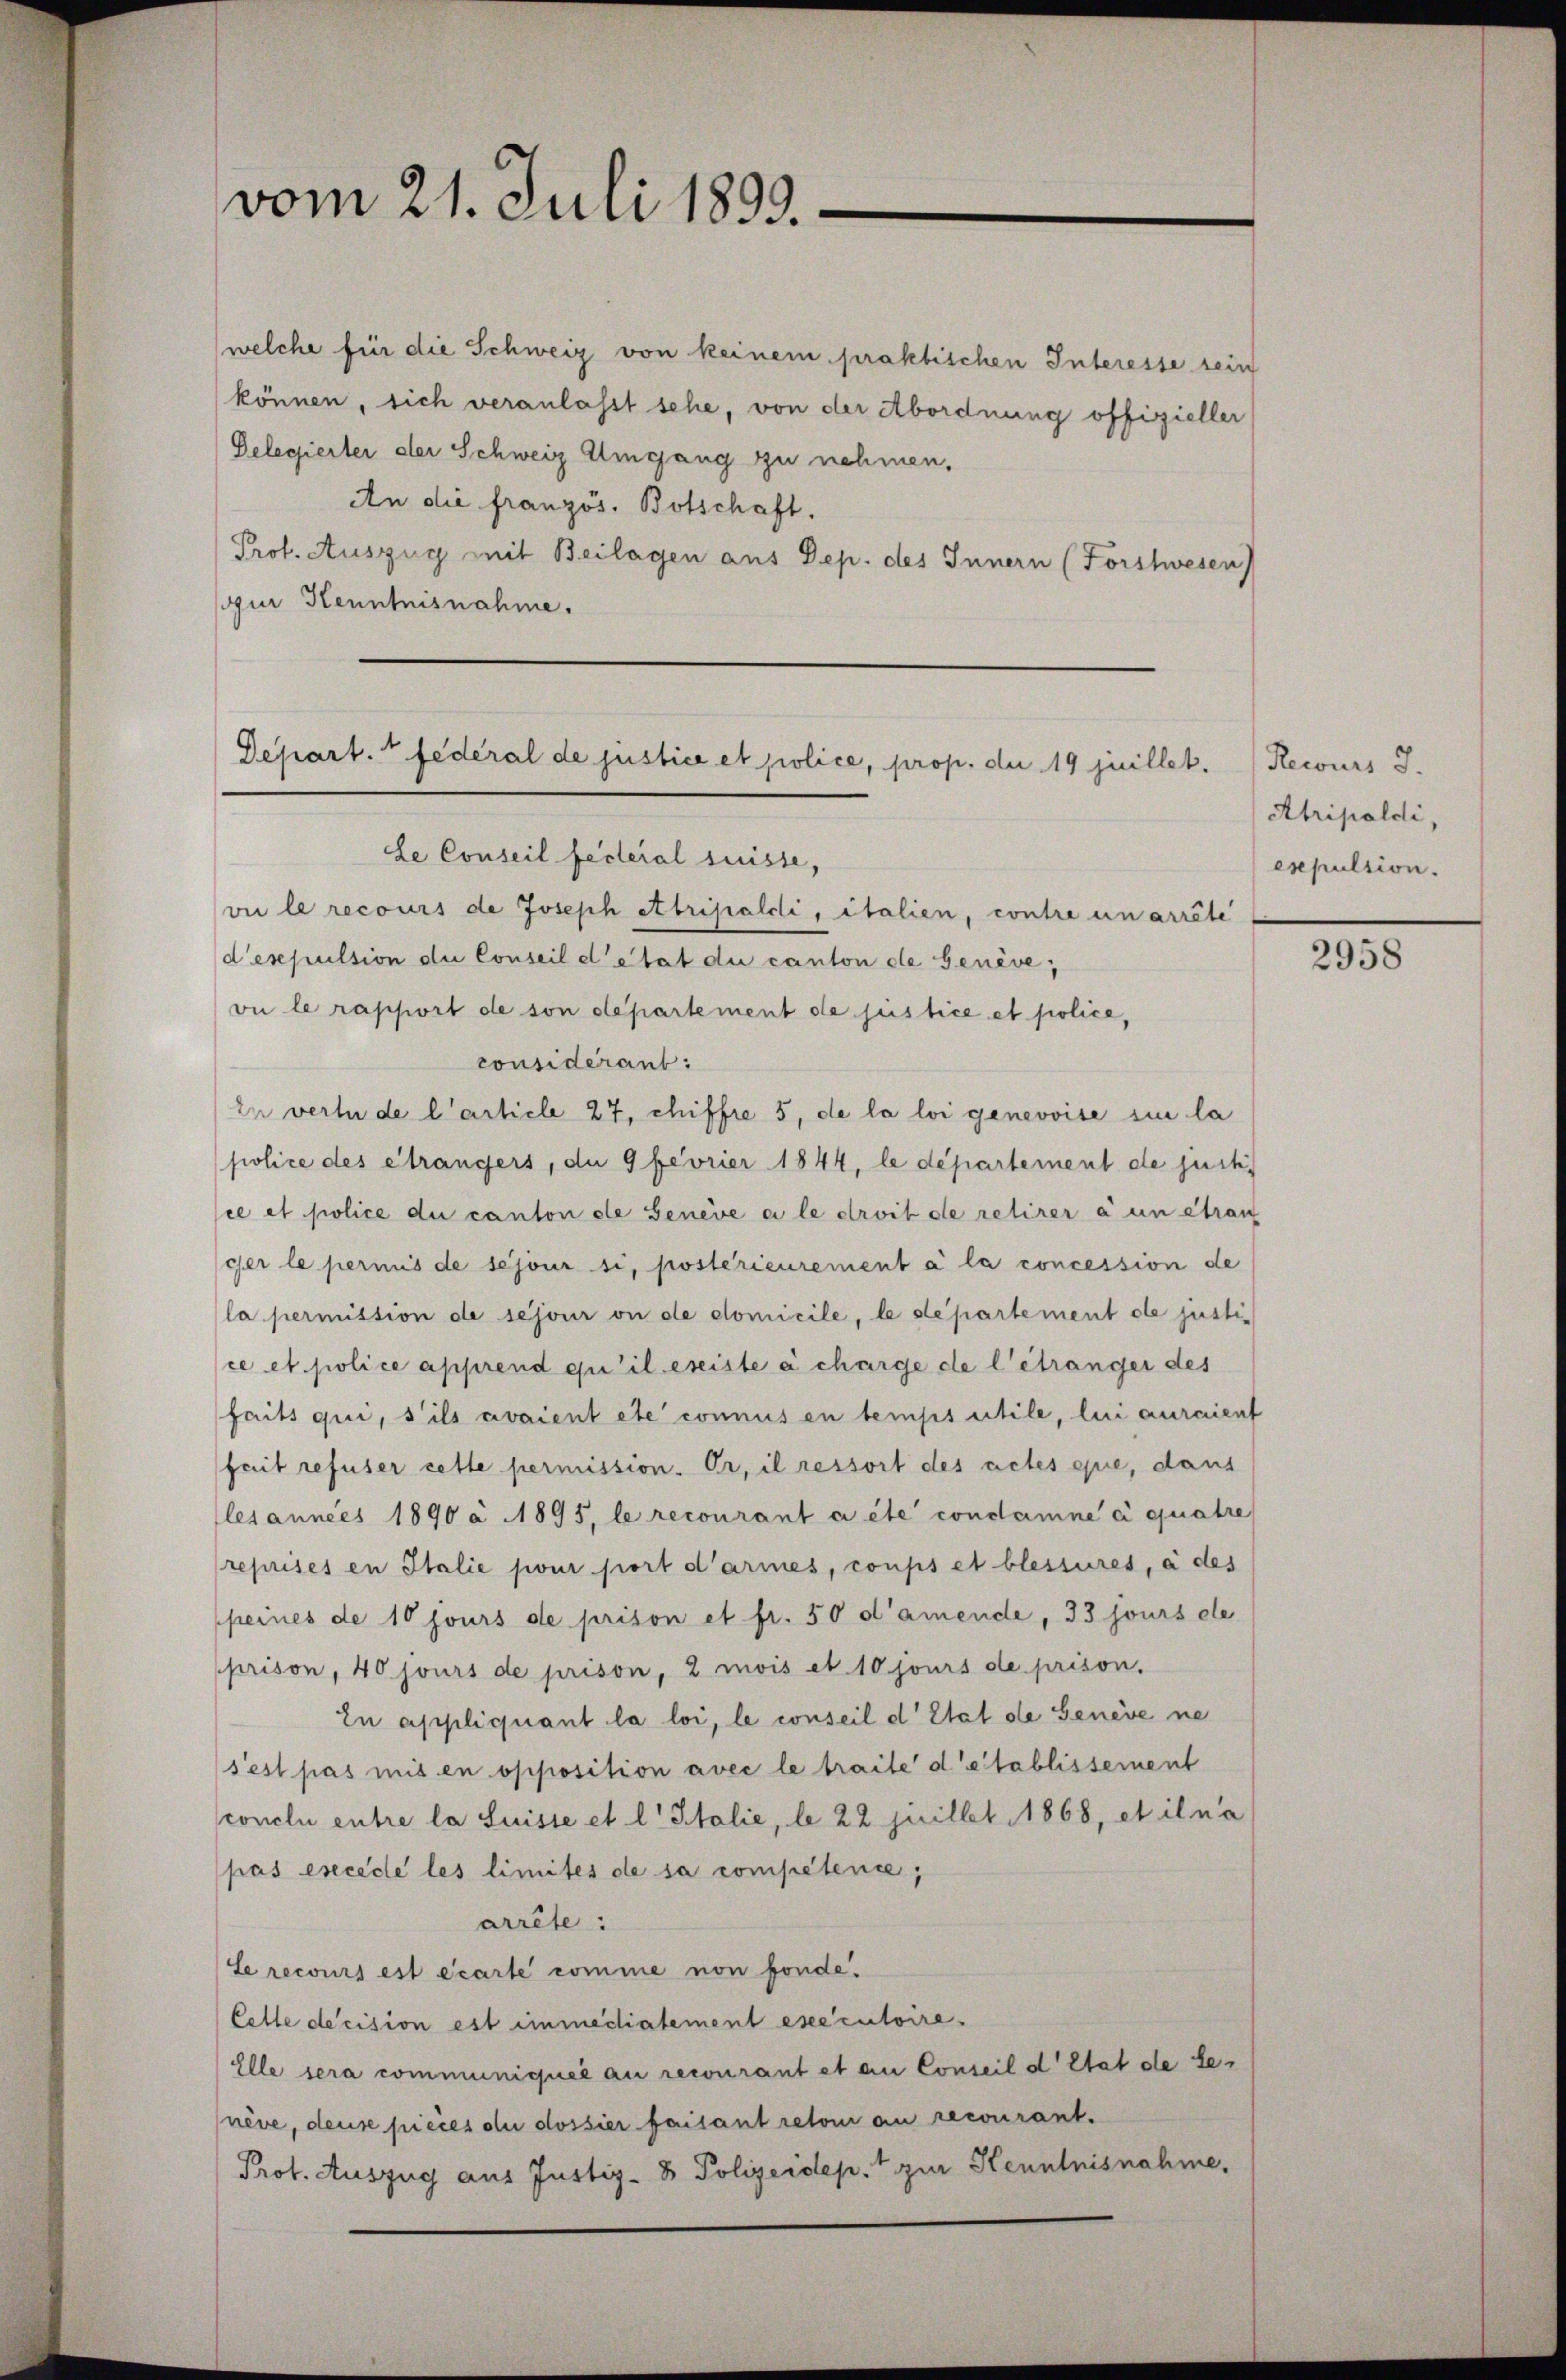
vom 21. Juli 1899.

(welche für die Schweiz von keinem praktischen Interesse sein
können, sich veranlasst sehe, von der Abordnung offizieller
Delegierter der Schweiz Umgang zu nehmen,
An die französ. Botschaft.
Prof. Auszug mit Beilagen aus Dep. des Innern (Forstwesen
our Kenntnisnahme.

Depart. 7 fédéral de justice et police, prop. die 19 juillet.

Le Conseil fecteral suisse,
vii le recours de Joseph Abripalcli, italien, contre un arrête
d’espulsion die Conseil d’état du canton de Genève,
oi le rapport de son departement de justice et police,
considérant:
In vertu de l’article 27, chiffre 5, de la loi genevoise sie la
police des étrangers, du 9 fevrier 1844, le département de justi
ce et police du canton ste Genève a le droit de retirer à un étran
ger le permis de séjour si, postérieurement à la concession de
la permission de séjour ou de domicile, le departement de justice et police apprend qu’il ereiste à charge de l’étranger des
faits qui, s’ils avaient etc connus en temps utile, lui auraient
sait refuser cette permission. Er, il ressort des actes exie, dans
les années 1890 à 1895, le recourant a été condamne à quatre
reprises in Italie pour fort d’armes, coups et blessures, à des
peines de 10 jours de prison et fr. 50 d’amende, 33 jours de
prison, 40 jours de prison, 2 mois et 10 jours de prison.
In appliquant la loi, le conseil d’Etat de Genève ne
s’est pas mit en opposition avec le traite d’établissement
conclu entre la Suisse et l. Halie, le 22 Juillet 1868, et il na
pas excède les limites de sa compétence,
arrête:
Le recours est écarte comme non fonde.
Cette decision est immediatement executoire.
Elle sera communiquée au recourant et an Conseil d’Etat de be-
nève, dense pieces du dossier faisant retour an recourant.
Prot. Auszug aus Justiz- & Polizeidep. 1 zur Kenntnisnahme,

Recours J.
Atripoldi,
expulsion.

2958